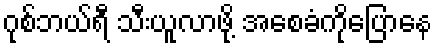
ဂုစ်ဘယ်ရီ သီးယူလာဖို့ အစေခံကိုပြောနေ